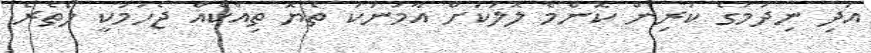
އަދި ނިދުމުގެ ކުރިން ކޮންމެ ލޮލަކަށް އާމަނަކަ ތެޔޮ ތިއްކެއް ޖެހުމަކީ ލޯތެރެ